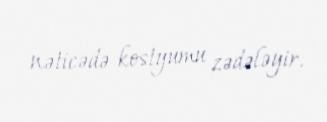
nəticədə kostyumu zədələyir.